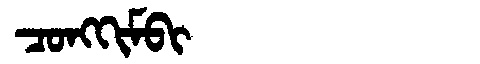
Manchu: ᠴᠣᠩᡴᡳᠮᠪᡳ
Romanization: CONGKIMBI